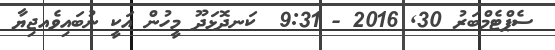
ސެޕްޓެމްބަރު 30